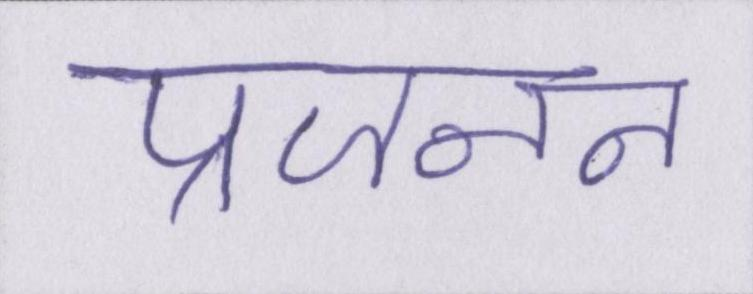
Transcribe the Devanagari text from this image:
प्रजनन